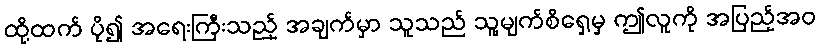
ထို့ထက် ပို၍ အရေးကြီးသည့် အချက်မှာ သူသည် သူ့မျက်စိရှေ့မှ ဤလူကို အပြည့်အဝ